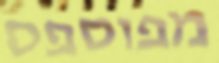
מפוספס